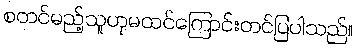
စတင်မည့်သူဟုမထင်ကြောင်းတင်ပြပါသည်။